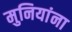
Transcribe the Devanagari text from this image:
मुनियांना